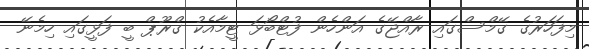
މިފަހަރުގެ ގޭމްސްގައި ރާއްޖޭގެ އަންހެން ފުޓްބޯޅަ ޓީމާއެކު ގްރޫޕް ބީ ފަޅީގައި ހިމެނޭ